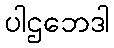
ပါဌဘေဒါ